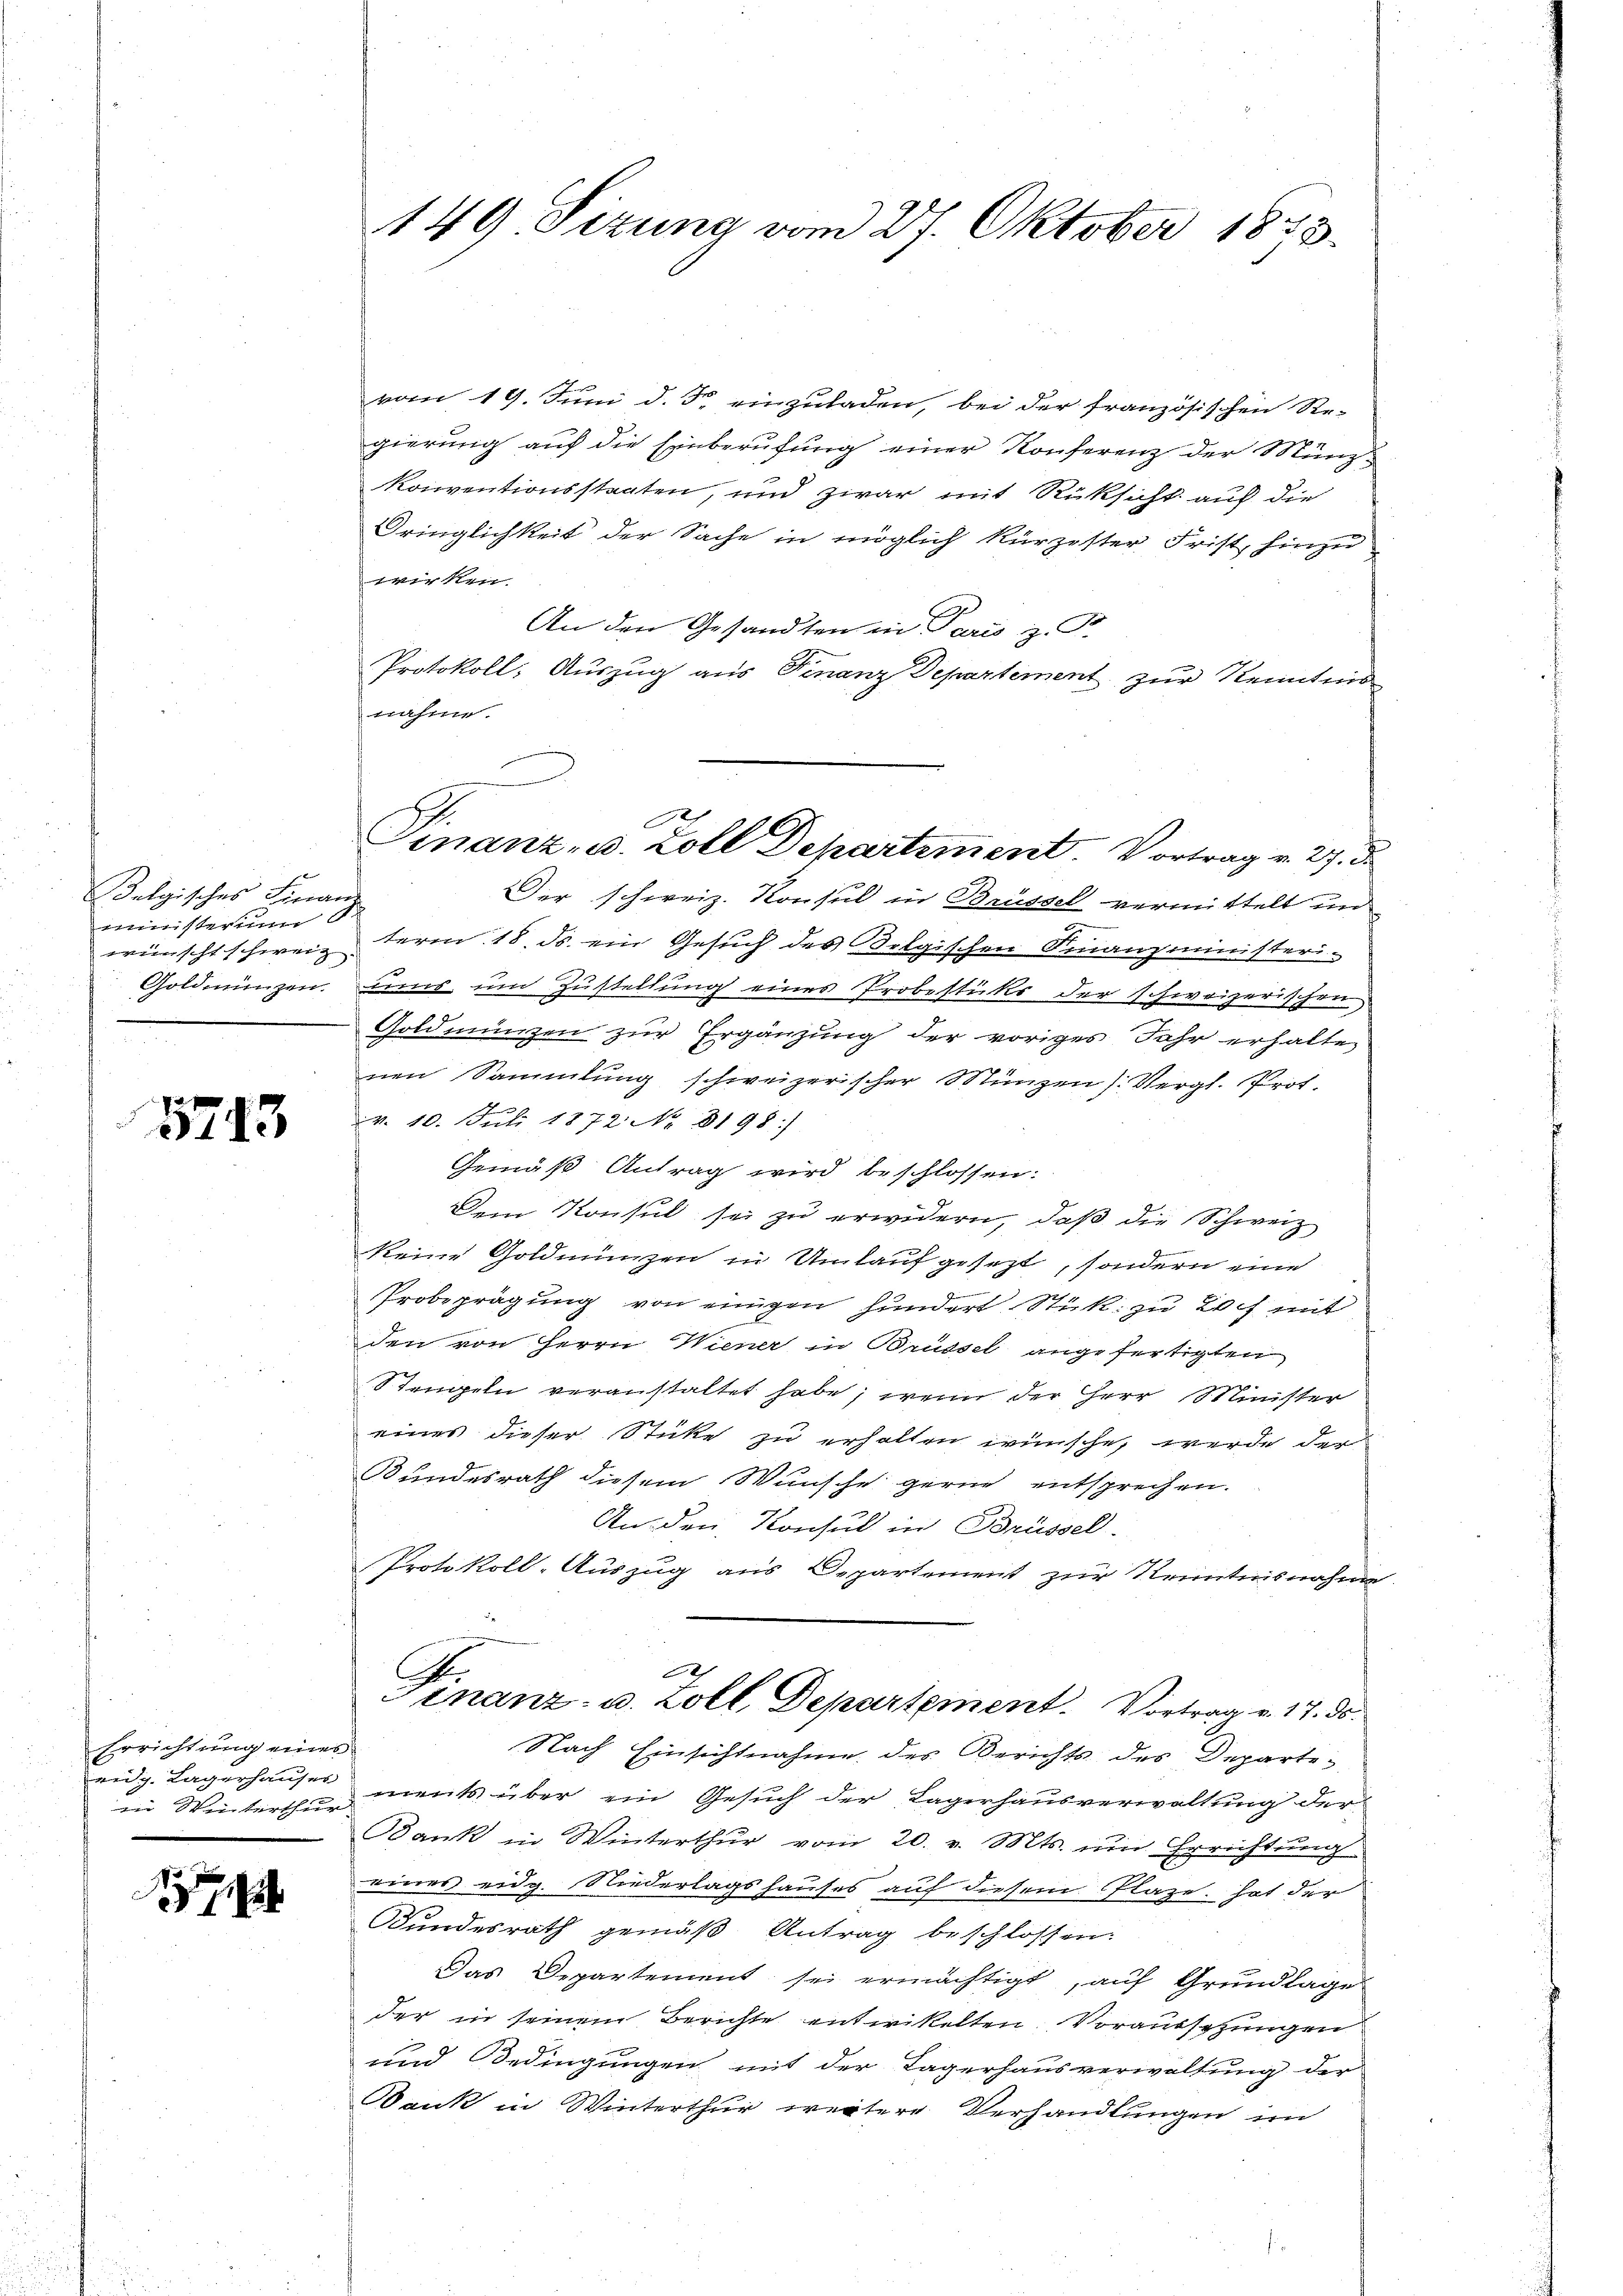
Belgisches Finanz
ministerium
wünscht schweiz.
Goldmünzen.
u

5713

Errichtung eines
ang. Lagerhauser
in Winterthur

1

149. Sizung vom 27. Oktober 1873.

vom 19. Juni d. Fr. einzuladen, bei der französischen Re-
gierung auf die Einberufung einer Konferenz der Münz-
konventionsstaaten, und zwar mit Rücksicht auf die
Dringlichkeit der Sache in möglich kürzester Frist hinzu
wirken.
An den Gesandten in Paris, z. T.
Protokoll, Auszug aus Finanz Departement zur Kenntnis
nahme.
Der schweiz. Konsul in Brüssel vermittelt un
t
term 18. ds. ein Gesuch des Oelgischen Finanzministeri-
ums, um Zustellung eines Probestücks der schweizerischen
Goldmünzen zur Ergänzung der voriges Jahr erhalten
nen Sammlung schweizerischer Münzen (Vergl. Prot.
v. 10. Juli 1872 No 8198:
Gemäß Antrag wird beschlossen:
Dem Konsul sei zu erwidern, daß die Schweiz
keine Goldmünzen in Umlauf gesezt, sondern eine
Probeprägung von einigen hundert Stick zu Loch mit
den von Herrn Wiener in Brüssel angefertigten
tengeln veranstaltet habe, wenn der Herr Minister
eines dieser Sticke zu erhalten wünsche, werde der
Bundesrath diesem Wunsche gerne entsprechen.
An den Konsul in Brüssel
Protokoll-Auszug aus Departement zur Kenntnisnahme

Finanz- u. Zoll, Departement. Vortrag v. 17. ds.
Nach Einsichtnahme des Berichts des Departements über ein Gesuch der Lagerhausverwaltung der
Bank in Winterthur vom 20. v. Mts. um Errichtung
eines eidg. Niederlagshauses auf diesem Plaze hat der
Bundesrath gemäß Antrag beschlossen:
Das Departement sei ermächtigt, auf Grundlage
der in seinem Berichte entwickelten. Voraussetzungen
und Bedingungen mit der Lagerhausverwaltung der
Dank in Winterthur weitere Verhandlungen im

Finanz- u. Zoll Departement. Vortrag v. 27. d.